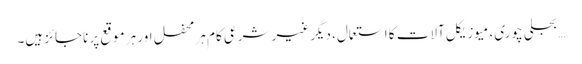
… بجلی چوری، میوزیکل آلات کا استعمال، دیگر غیر شرعی کام ہر محفل اور ہر موقع پر ناجائز ہیں۔